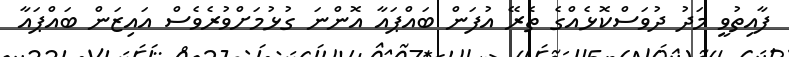
ފާއިތުވީ މަދު ދުވަސްކޮޅެއްގެ ތެރޭ އުފަން ބައްޕައާ އޮންނަ ގުޅުމަށްވުރެވެސް އައިޒަން ބައްޕައާ